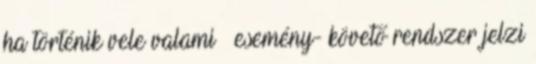
ha történik vele valami – esemény- követő rendszer jelzi